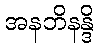
အနဘိနန္ဒိ